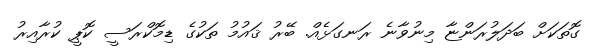
ގޮތަކަށް ބަދަލުުރަންޏާ މިނުވާނެ ރަނގަޅެއް. ބޭރު ޤައުމު ތަކުގެ ޑިމޮކްރަސީ ކޮޕީ ކުރާއިރު